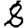
Digit: 8